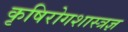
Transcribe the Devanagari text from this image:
कृषिरोगशास्त्रज्ञ